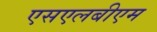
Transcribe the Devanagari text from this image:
एसएलबीएम